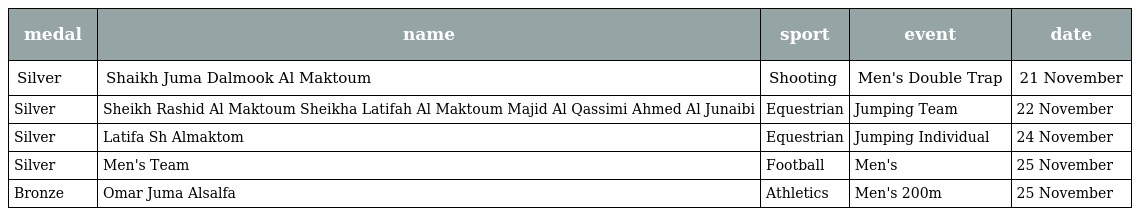
| medal | name | sport | event | date |
 | --- | --- | --- | --- | --- |
 | Silver | Shaikh Juma Dalmook Al Maktoum | Shooting | Men's Double Trap | 21 November |
 | Silver | Sheikh Rashid Al Maktoum Sheikha Latifah Al Maktoum Majid Al Qassimi Ahmed Al Junaibi | Equestrian | Jumping Team | 22 November |
 | Silver | Latifa Sh Almaktom | Equestrian | Jumping Individual | 24 November |
 | Silver | Men's Team | Football | Men's | 25 November |
 | Bronze | Omar Juma Alsalfa | Athletics | Men's 200m | 25 November |